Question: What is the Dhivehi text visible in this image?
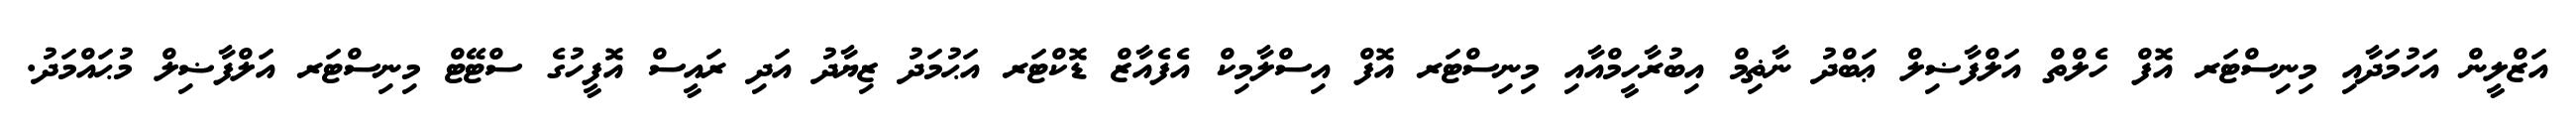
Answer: އަޒްލީން އަހުމަދާއި މިނިސްޓަރ އޮފް ހެލްތް އަލްފާޟިލް ޢަބްދު ނާޡިމް އިބުރާހީމްއާއި މިނިސްޓަރ އޮފް އިސްލާމިކް އެފެއާޒް ޑޮކްޓަރ އަޙުމަދު ޒިޔާދު އަދި ރައީސް އޮފީހުގެ ސްޓޭޓް މިނިސްޓަރ އަލްފާޟިލް މުޙައްމަދު.